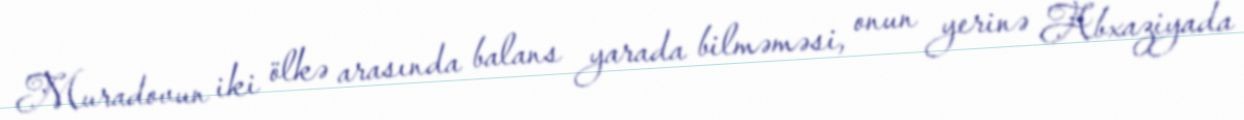
Muradovun iki ölkə arasında balans yarada bilməməsi, onun yerinə Abxaziyada